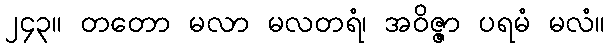
၂၄၃။ တတော မလာ မလတရံ၊ အဝိဇ္ဇာ ပရမံ မလံ။